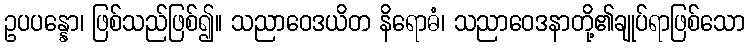
ဥပပန္နော၊ ဖြစ်သည်ဖြစ်၍။ သညာဝေဒယိတ နိရောဓံ၊ သညာဝေဒနာတို့၏ချုပ်ရာဖြစ်သော